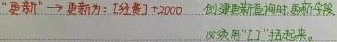
更新! 更新为: [工资]+2000, 创建更新查询时,  fields 字段必须用 "[]" 括起来。